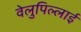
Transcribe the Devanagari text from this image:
वेलुपिल्लाई